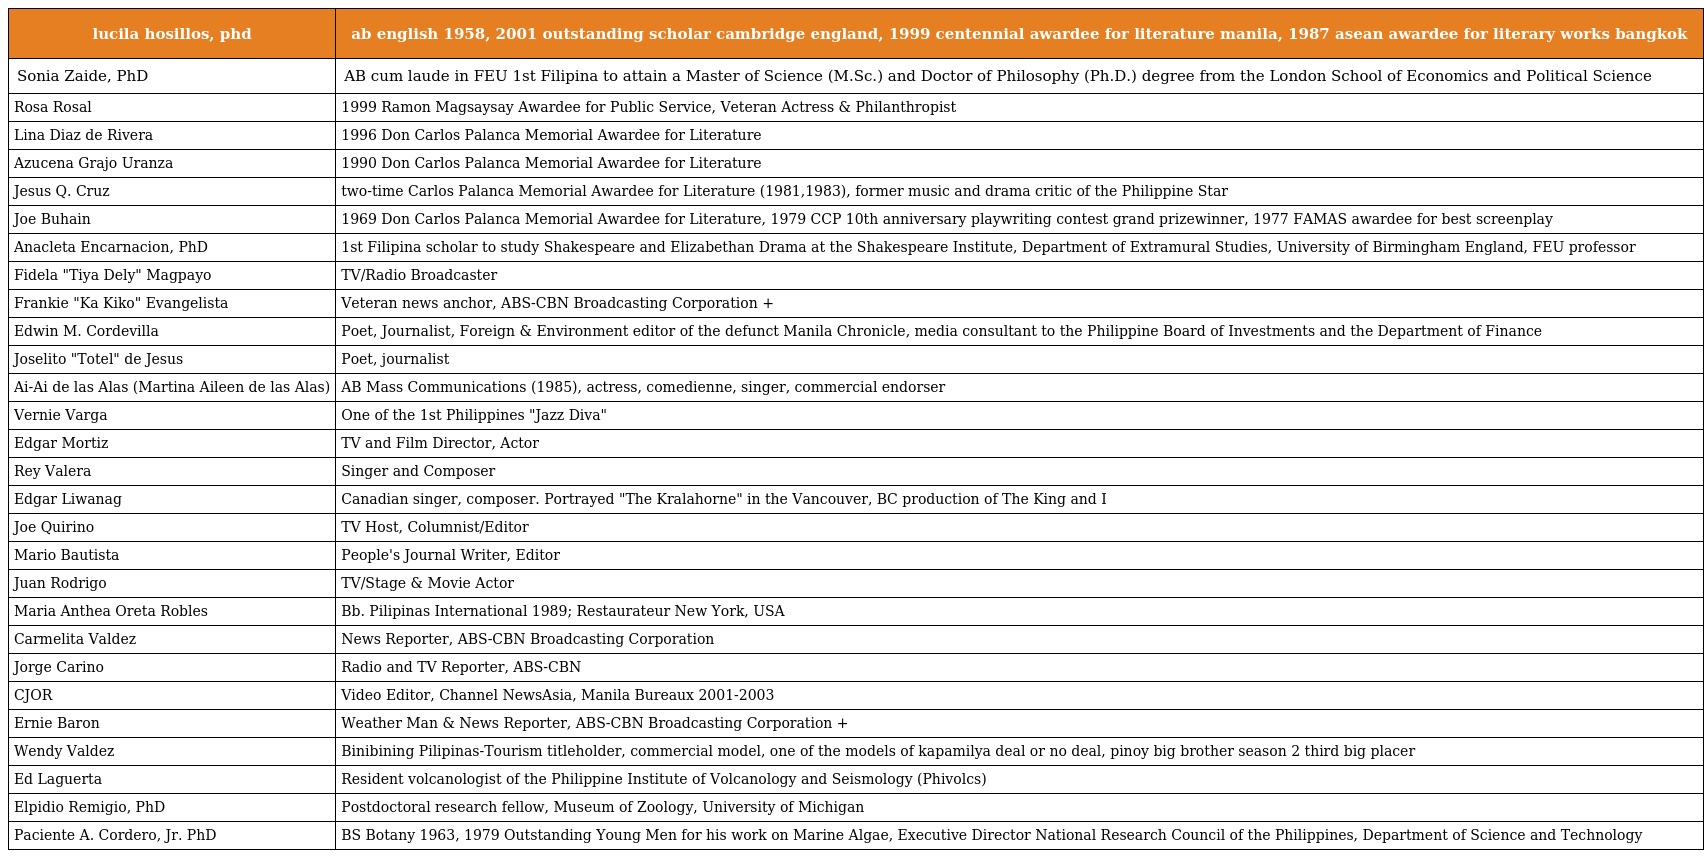
| lucila hosillos, phd | ab english 1958, 2001 outstanding scholar cambridge england, 1999 centennial awardee for literature manila, 1987 asean awardee for literary works bangkok |
 | --- | --- |
 | Sonia Zaide, PhD | AB cum laude in FEU 1st Filipina to attain a Master of Science (M.Sc.) and Doctor of Philosophy (Ph.D.) degree from the London School of Economics and Political Science |
 | Rosa Rosal | 1999 Ramon Magsaysay Awardee for Public Service, Veteran Actress & Philanthropist |
 | Lina Diaz de Rivera | 1996 Don Carlos Palanca Memorial Awardee for Literature |
 | Azucena Grajo Uranza | 1990 Don Carlos Palanca Memorial Awardee for Literature |
 | Jesus Q. Cruz | two-time Carlos Palanca Memorial Awardee for Literature (1981,1983), former music and drama critic of the Philippine Star |
 | Joe Buhain | 1969 Don Carlos Palanca Memorial Awardee for Literature, 1979 CCP 10th anniversary playwriting contest grand prizewinner, 1977 FAMAS awardee for best screenplay |
 | Anacleta Encarnacion, PhD | 1st Filipina scholar to study Shakespeare and Elizabethan Drama at the Shakespeare Institute, Department of Extramural Studies, University of Birmingham England, FEU professor |
 | Fidela "Tiya Dely" Magpayo | TV/Radio Broadcaster |
 | Frankie "Ka Kiko" Evangelista | Veteran news anchor, ABS-CBN Broadcasting Corporation + |
 | Edwin M. Cordevilla | Poet, Journalist, Foreign & Environment editor of the defunct Manila Chronicle, media consultant to the Philippine Board of Investments and the Department of Finance |
 | Joselito "Totel" de Jesus | Poet, journalist |
 | Ai-Ai de las Alas (Martina Aileen de las Alas) | AB Mass Communications (1985), actress, comedienne, singer, commercial endorser |
 | Vernie Varga | One of the 1st Philippines "Jazz Diva" |
 | Edgar Mortiz | TV and Film Director, Actor |
 | Rey Valera | Singer and Composer |
 | Edgar Liwanag | Canadian singer, composer. Portrayed "The Kralahorne" in the Vancouver, BC production of The King and I |
 | Joe Quirino | TV Host, Columnist/Editor |
 | Mario Bautista | People's Journal Writer, Editor |
 | Juan Rodrigo | TV/Stage & Movie Actor |
 | Maria Anthea Oreta Robles | Bb. Pilipinas International 1989; Restaurateur New York, USA |
 | Carmelita Valdez | News Reporter, ABS-CBN Broadcasting Corporation |
 | Jorge Carino | Radio and TV Reporter, ABS-CBN |
 | CJOR | Video Editor, Channel NewsAsia, Manila Bureaux 2001-2003 |
 | Ernie Baron | Weather Man & News Reporter, ABS-CBN Broadcasting Corporation + |
 | Wendy Valdez | Binibining Pilipinas-Tourism titleholder, commercial model, one of the models of kapamilya deal or no deal, pinoy big brother season 2 third big placer |
 | Ed Laguerta | Resident volcanologist of the Philippine Institute of Volcanology and Seismology (Phivolcs) |
 | Elpidio Remigio, PhD | Postdoctoral research fellow, Museum of Zoology, University of Michigan |
 | Paciente A. Cordero, Jr. PhD | BS Botany 1963, 1979 Outstanding Young Men for his work on Marine Algae, Executive Director National Research Council of the Philippines, Department of Science and Technology |